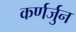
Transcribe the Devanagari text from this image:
कर्णर्जुन